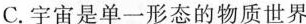
C.宇宙是单一形态的物质世界